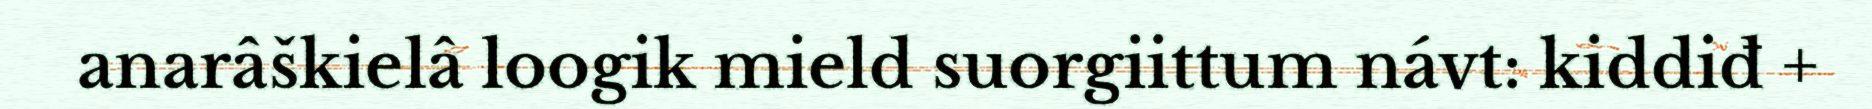
anarâškielâ loogik mield suorgiittum návt: kiddiđ +